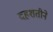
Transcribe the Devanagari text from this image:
दहशतीने